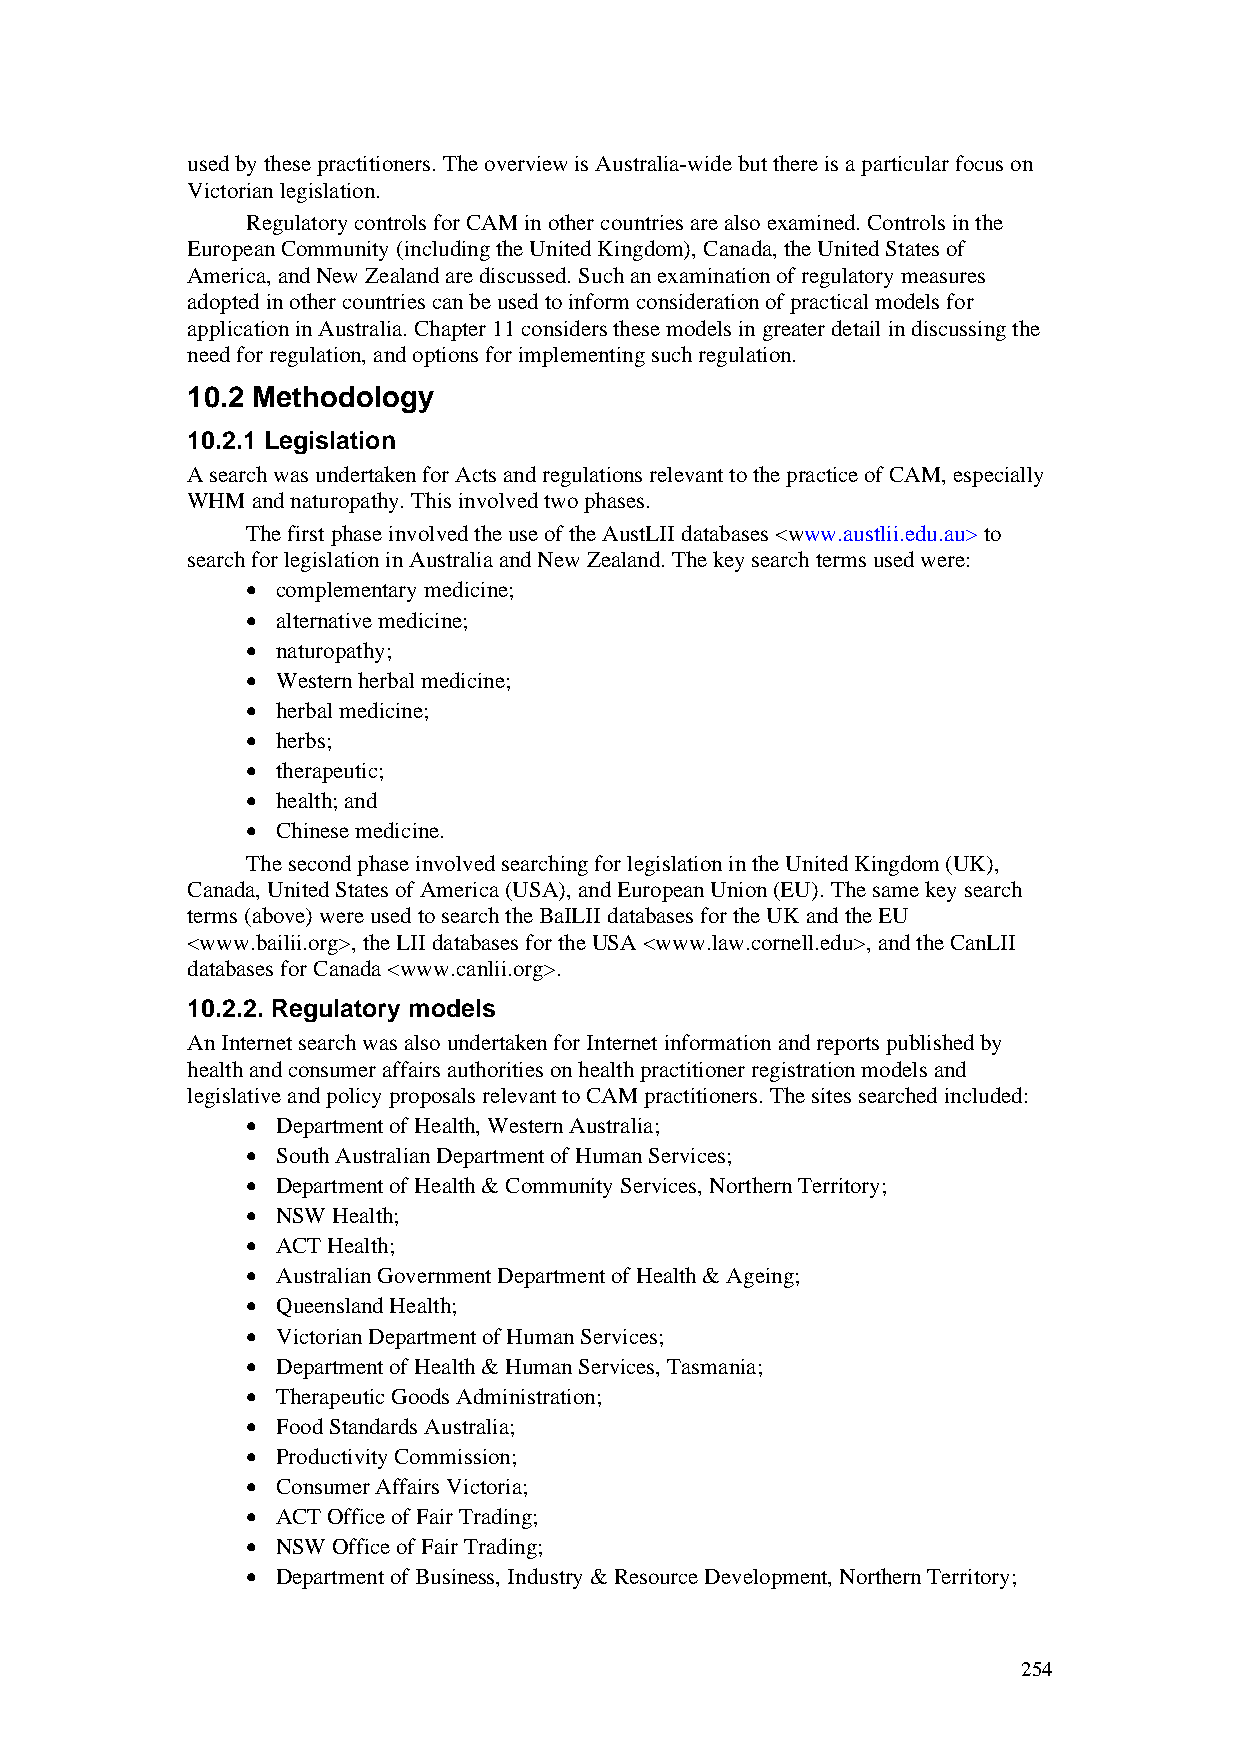
used by these practitioners. The overview is Australia-wide but there is a particular focus on
 Victorian legislation.
 Regulatory controls for CAM in other countries are also examined. Controls in the
 European Community (including the United Kingdom), Canada, the United States of
 America, and New Zealand are discussed. Such an examination of regulatory measures
 adopted in other countries can be used to inform consideration of practical models for
 application in Australia. Chapter 11 considers these models in greater detail in discussing the
 need for regulation, and options for implementing such regulation.
 10.2 Methodology
 10.2.1 Legislation
 A search was undertaken for Acts and regulations relevant to the practice of CAM, especially
 WHM  and naturopathy. This involved two phases.
 The first phase involved the use of the AustLII databases <www.austlii.edu.au> to
 search for legislation in Australia and New Zealand. The key search terms used were:
 • complementary medicine;
 • alternative medicine;
 • naturopathy;
 • Western herbal medicine;
 • herbal medicine;
 • herbs;
 • therapeutic;
 • health; and
 • Chinese medicine.
 The second phase involved searching for legislation in the United Kingdom (UK),
 Canada, United States of America (USA), and European Union (EU). The same key search
 terms (above) were used to search the BaILII databases for the UK and the EU
 <www.bailii.org>, the LII databases for the USA <www.law.cornell.edu>, and the CanLII
 databases for Canada <www.canlii.org>.
 10.2.2. Regulatory models
 An Internet search was also undertaken for Internet information and reports published by
 health and consumer affairs authorities on health practitioner registration models and
 legislative and policy proposals relevant to CAM practitioners. The sites searched included:
 • Department of Health, Western Australia;
 • South Australian Department of Human Services;
 • Department of Health & Community Services, Northern Territory;
 • NSW Health;
 • ACT Health;
 • Australian Government Department of Health & Ageing;
 • Queensland Health;
 • Victorian Department of Human Services;
 • Department of Health & Human Services, Tasmania;
 • Therapeutic Goods Administration;
 • Food Standards Australia;
 • Productivity Commission;
 • Consumer Affairs Victoria;
 • ACT Office of Fair Trading;
 • NSW Office of Fair Trading;
 • Department of Business, Industry & Resource Development, Northern Territory;
 254